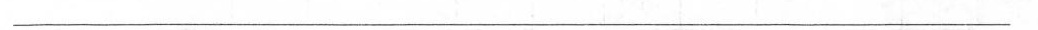
___